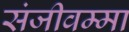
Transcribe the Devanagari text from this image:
संजीवम्मा